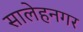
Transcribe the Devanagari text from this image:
सालेहनगर